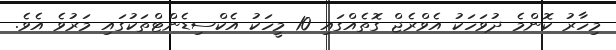
މިހާރު ކޮންމެ ދުވަހަކު އެވްރެޖް ގޮތެއްގައި 10 މީހަކު އެކްސިޑެންޓްތަކުގައި މަރުވެ އެވެ.